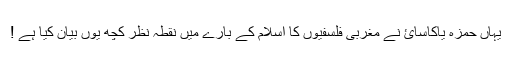
یہاں حمزه یاکاسائ نے مغربی فلسفیوں کا اسلام کے بارے میں نقطہ نظر کچھ یوں بیان کیا ہے !